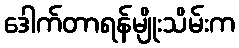
ဒေါက်တာရန်မျိုးသိမ်းက